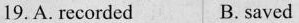
19.A. recorded B. saved